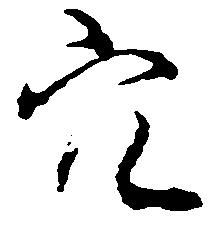
穴